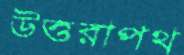
উত্তরাপথ